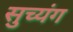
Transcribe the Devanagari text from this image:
सुच्यंग